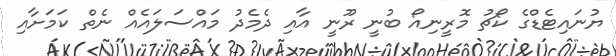
ޔުނައިޓެޑްގެ ކޯޗު މޮރީނިއޯ ބުނީ ރޫނީ އާއި ދެމެދު މައްސަލައެއް ނެތް ކަމަށާއި